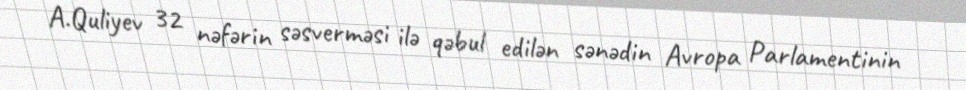
A.Quliyev 32 nəfərin səsverməsi ilə qəbul edilən sənədin Avropa Parlamentinin